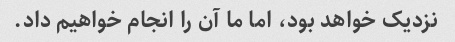
نزدیک خواهد بود، اما ما آن را انجام خواهیم داد.